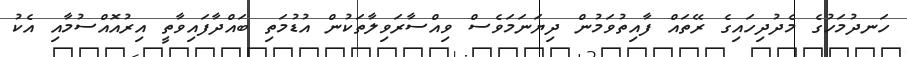
ހަނދުމަހުގެ މެދުދިހައިގެ ރޭތައް ފާއިތުވަމުން ދިޔަނަމަވެސް ވިއްސާރަވިލާތަކުން އުޑުމަތި ބައްދާފައިވާތީ އިރުއޮއްސުމާއި އެކު